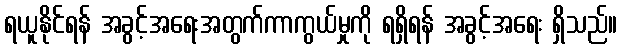
ရယူနိုင်ရန် အခွင့်အရေးအတွက်ကာကွယ်မှုကို ရရှိရန် အခွင့်အရေး ရှိသည်။